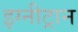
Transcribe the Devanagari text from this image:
इग्नीट्रान